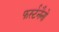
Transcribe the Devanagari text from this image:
फर्स्टनैनो